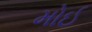
મોઈ